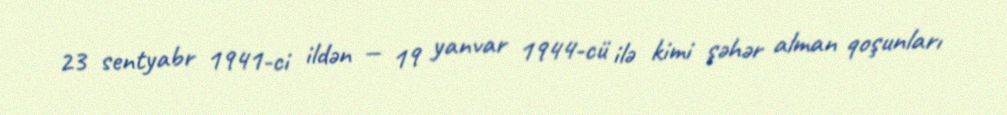
23 sentyabr 1941-ci ildən — 19 yanvar 1944-cü ilə kimi şəhər alman qoşunları